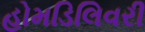
હોમડિલિવરી